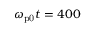
\omega _ { \mathrm { p 0 } } t = 4 0 0